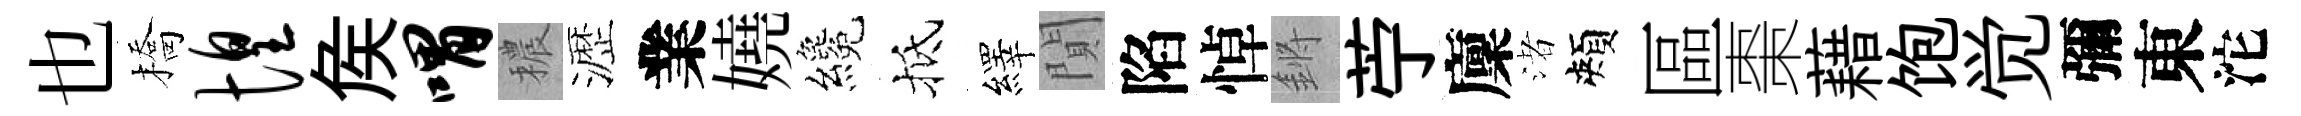
也橋惶矦喟穠瀝業嬈纔抵繹閴陷悼鏘苧廩渚頰區棗藉饱觉彌東沱